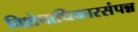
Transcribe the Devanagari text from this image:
विशेषाधिकारसंपन्न